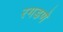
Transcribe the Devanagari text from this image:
रगडणे